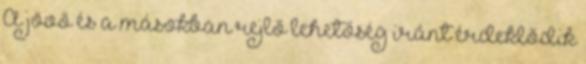
A jövő és a másokban rejlő lehetőség iránt érdeklődik